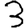
Digit: 3